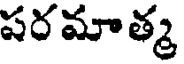
పరమాత్మ